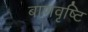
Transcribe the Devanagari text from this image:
बाणवृष्टि